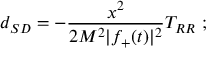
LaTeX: d _ { S D } = - \frac { x ^ { 2 } } { 2 M ^ { 2 } | f _ { + } ( t ) | ^ { 2 } } T _ { R R } \ ;